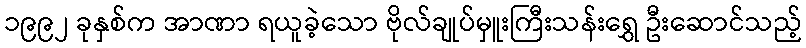
၁၉၉၂ ခုနှစ်က အာဏာ ရယူခဲ့သော ဗိုလ်ချုပ်မှူးကြီးသန်းရွှေ ဦးဆောင်သည့်